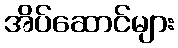
အိပ်ဆောင်များ